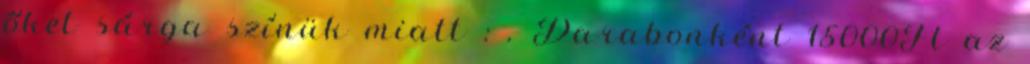
őket sárga színük miatt : . Darabonként 15000Ft az